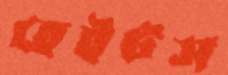
হেইটস